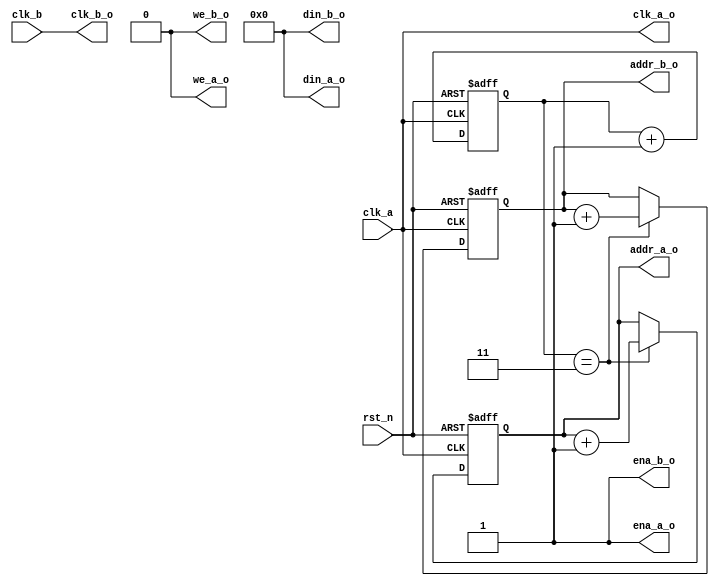
// This program was cloned from: https://github.com/space789/BNN-Hardware-accelerator
// License: MIT License

module bram_test (
    // input [11:0]addr_a,
    // input [11:0]addr_b,
    // input ena_a,
    // input ena_b,
    // input we_a,
    // input we_b,
    input clk_a,
    input clk_b,
    input rst_n,
    // input [1279:0]din_a,
    // input [1279:0]din_b,
    output reg [11:0]addr_a_o,
    output reg [11:0]addr_b_o,
    output ena_a_o,
    output ena_b_o,
    output we_a_o,
    output we_b_o,
    output clk_a_o,
    output clk_b_o,
    output [1279:0]din_a_o,
    output [1279:0]din_b_o
);

    reg [1:0] cnt;

    always @(posedge clk_a or negedge rst_n) begin
        if(!rst_n) begin
            cnt<=0;
        end
        else begin
            cnt<=cnt+1;
        end
    end

    assign clk_a_o=clk_a;
    assign clk_b_o=clk_b;
    assign ena_a_o=1;
    assign ena_b_o=1;
    assign we_a_o=0;
    assign we_b_o=0;
    assign din_a_o=0;
    assign din_b_o=0;
    always @(posedge clk_a or negedge rst_n) begin
        if(!rst_n) begin
            addr_a_o<=0;
        end
        else begin
            addr_a_o<=(cnt==3)?addr_a_o+1:addr_a_o;
        end
    end
    always @(posedge clk_a or negedge rst_n) begin
        if(!rst_n) begin
            addr_b_o<=0;
        end
        else begin
            addr_b_o<=(cnt==3)?addr_b_o+1:addr_b_o;
        end
    end


endmodule